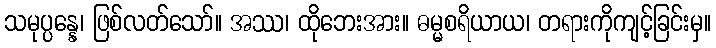
သမုပ္ပန္နေ၊ ဖြစ်လတ်သော်။ အဿ၊ ထိုဘေးအား။ ဓမ္မစရိယာယ၊ တရားကိုကျင့်ခြင်းမှ။